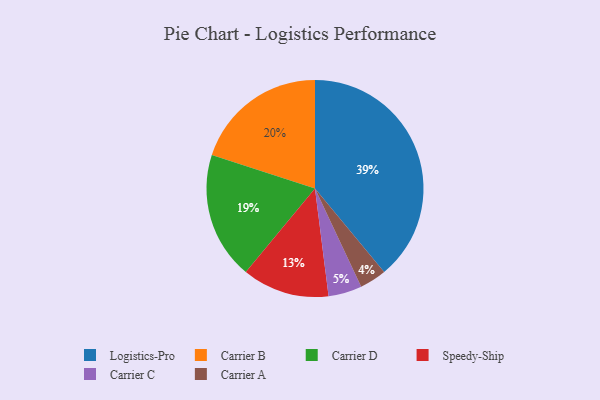
{"axis": {"x": "Category", "y": "Percentage"}, "legend": ["Carrier A", "Carrier B", "Carrier C", "Carrier D", "Logistics-Pro", "Speedy-Ship"], "data": [{"x": "Carrier C", "y": 5, "type": "Carrier C"}, {"x": "Carrier B", "y": 20, "type": "Carrier B"}, {"x": "Logistics-Pro", "y": 39, "type": "Logistics-Pro"}, {"x": "Speedy-Ship", "y": 13, "type": "Speedy-Ship"}, {"x": "Carrier D", "y": 19, "type": "Carrier D"}, {"x": "Carrier A", "y": 4, "type": "Carrier A"}]}